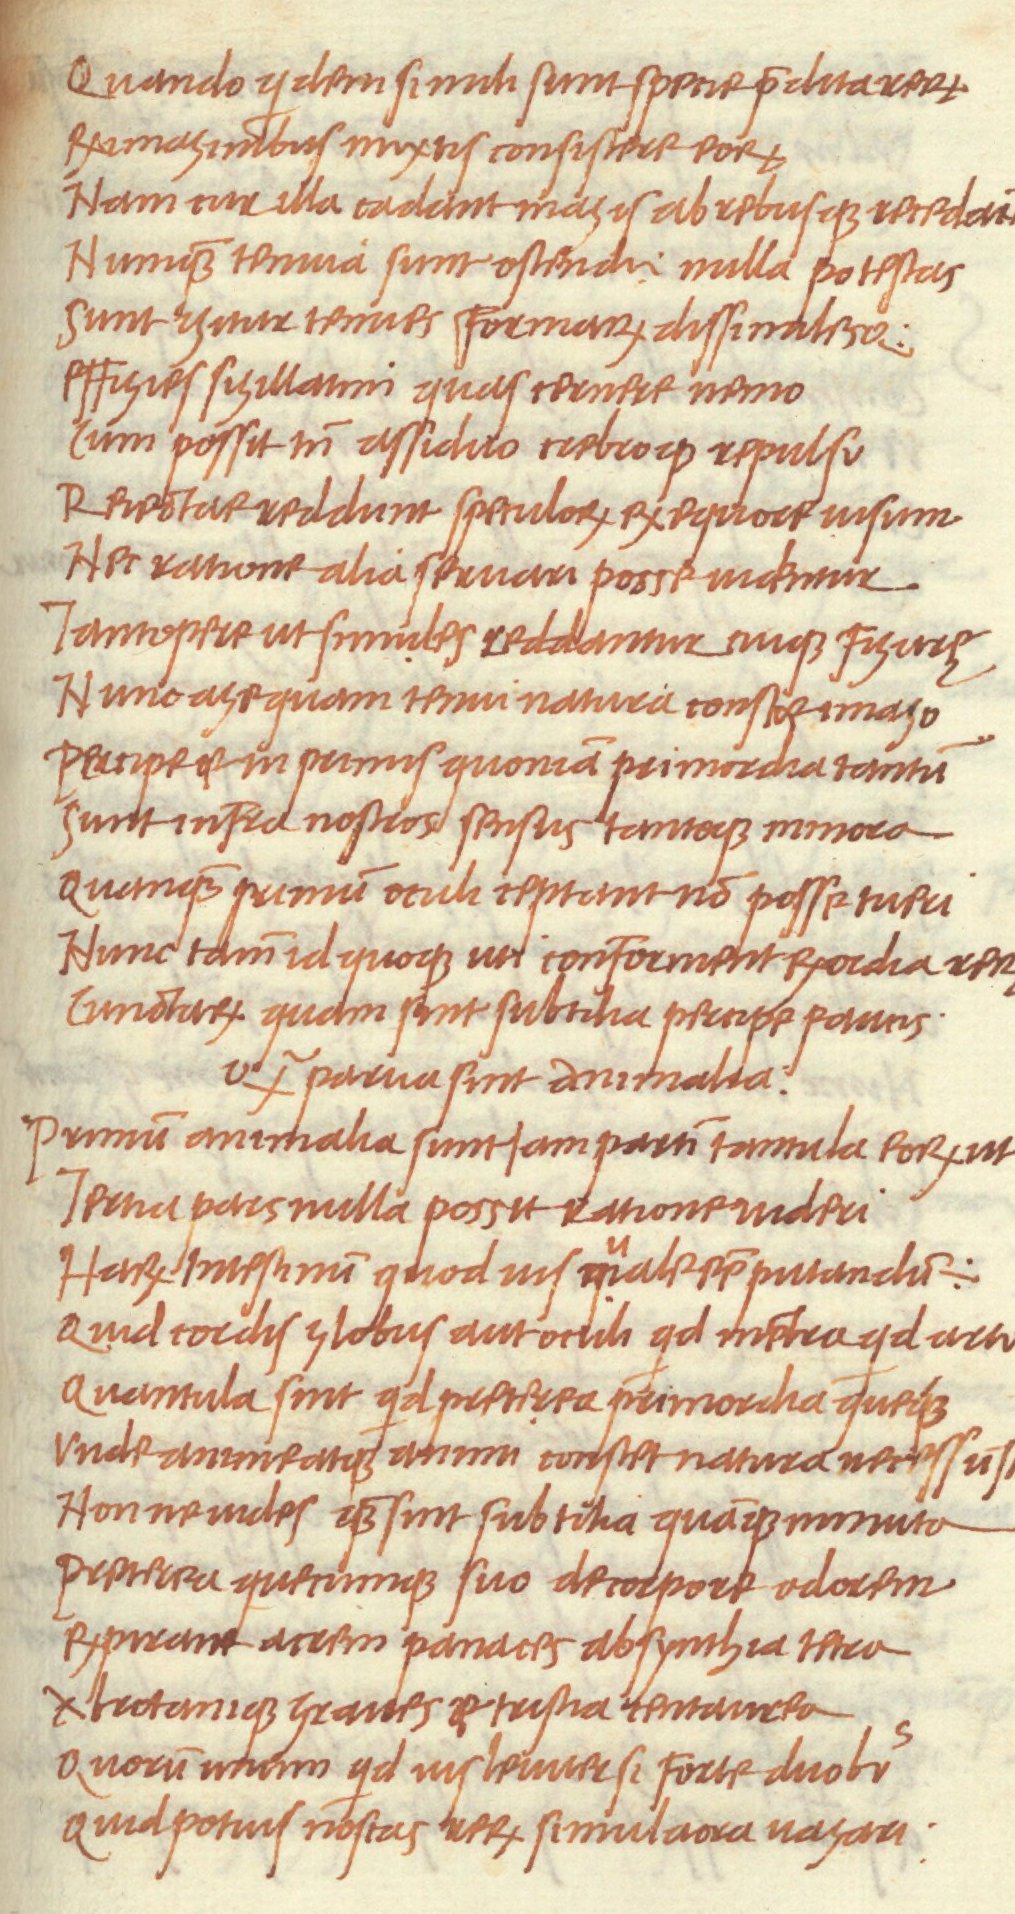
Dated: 1468–1469